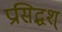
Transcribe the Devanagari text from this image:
प्रसिद्धश्